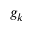
g _ { k }